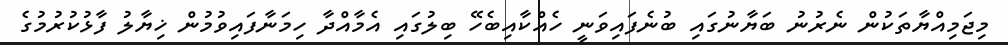
މިޖަމިއްޔާތަކުން ނެރުނު ބަޔާނުގައި ބުނެފައިވަނީ ހެއްކާއިބެހޭ ބިލުގައި އެމާއްދާ ހިމަނާފައިވުމުން ޚިޔާލު ފާޅުކުރުމުގެ